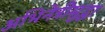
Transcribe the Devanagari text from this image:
अभिनेत्रीसुद्धा